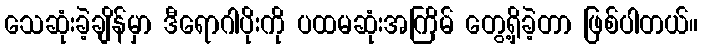
သေဆုံးခဲ့ချိန်မှာ ဒီရောဂါပိုးကို ပထမဆုံးအကြိမ် တွေ့ရှိခဲ့တာ ဖြစ်ပါတယ်။